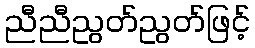
ညီညီညွတ်ညွတ်ဖြင့်